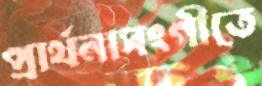
প্রার্থনাসংগীতে